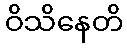
ဝိသိနေတိ